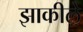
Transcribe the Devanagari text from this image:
झाकीले